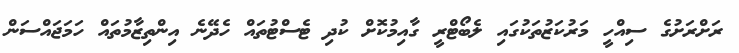
ރަށްރަށުގެ ސިއްހީ މަރުކަޒުތަކުގައި ލެބޯޓްރީ ގާއިމުކޮށް ކުދި ޓެސްޓުތައް ހެދޭނެ އިންތިޒާމުތައް ހަމަޖައްސަން